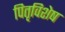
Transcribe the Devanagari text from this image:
पितृविशेष